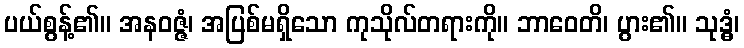
ပယ်စွန့်၏။ အနဝဇ္ဇံ၊ အပြစ်မရှိသော ကုသိုလ်တရားကို။ ဘာဝေတိ၊ ပွား၏။ သုဒ္ဓံ၊